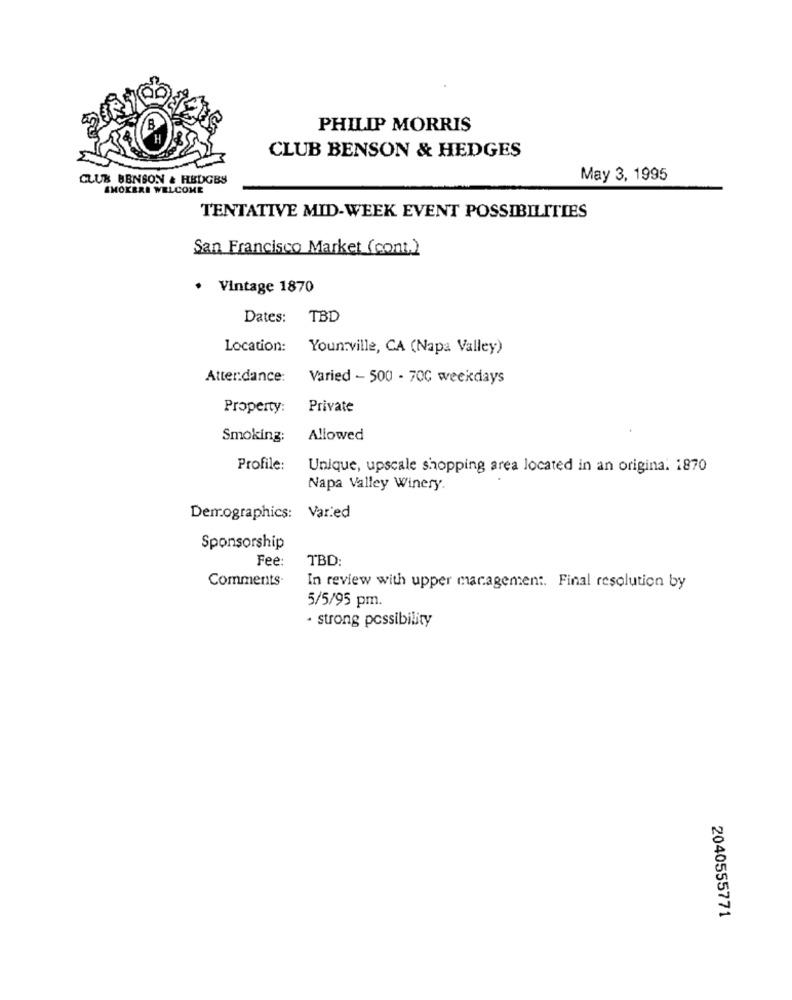
PHILIP MORRIS
CLUB BENSON & HEDGES
CLUB BENSON & HEDGBS
May 3, 1995
SMOKERE WELCOME
TENTATIVE MID-WEEK EVENT POSSIBILITIES
San Francisco Market (cont.)
· Vintage 1870
Dates: TBD
Location:
Youn:ville, CA (Napa Valley)
Attendance:
Varied - 500 - 70℃ weekdays
Property:
Private
Smoking:
Allowed
Profile:
Unique, upscale shopping area located in an origina. 1870
Napa Valley Winery.
Demographics: Varied
Sponsorship
Fee:
TBD:
Comments-
In review with upper management. Final resolution by
5/5/95 pm.
· strong possibility
2040555771